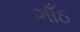
ગાઁઠ